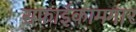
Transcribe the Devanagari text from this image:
सफाईकामगार